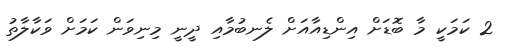
2 ކަމަކީ މާ ބޮޑަށް އިންޑިއާއަށް ލެނބުމާއި ދީނީ މިނިވަން ކަމަށް ވަކާލާތު